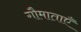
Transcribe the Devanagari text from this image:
गौमाताएँ